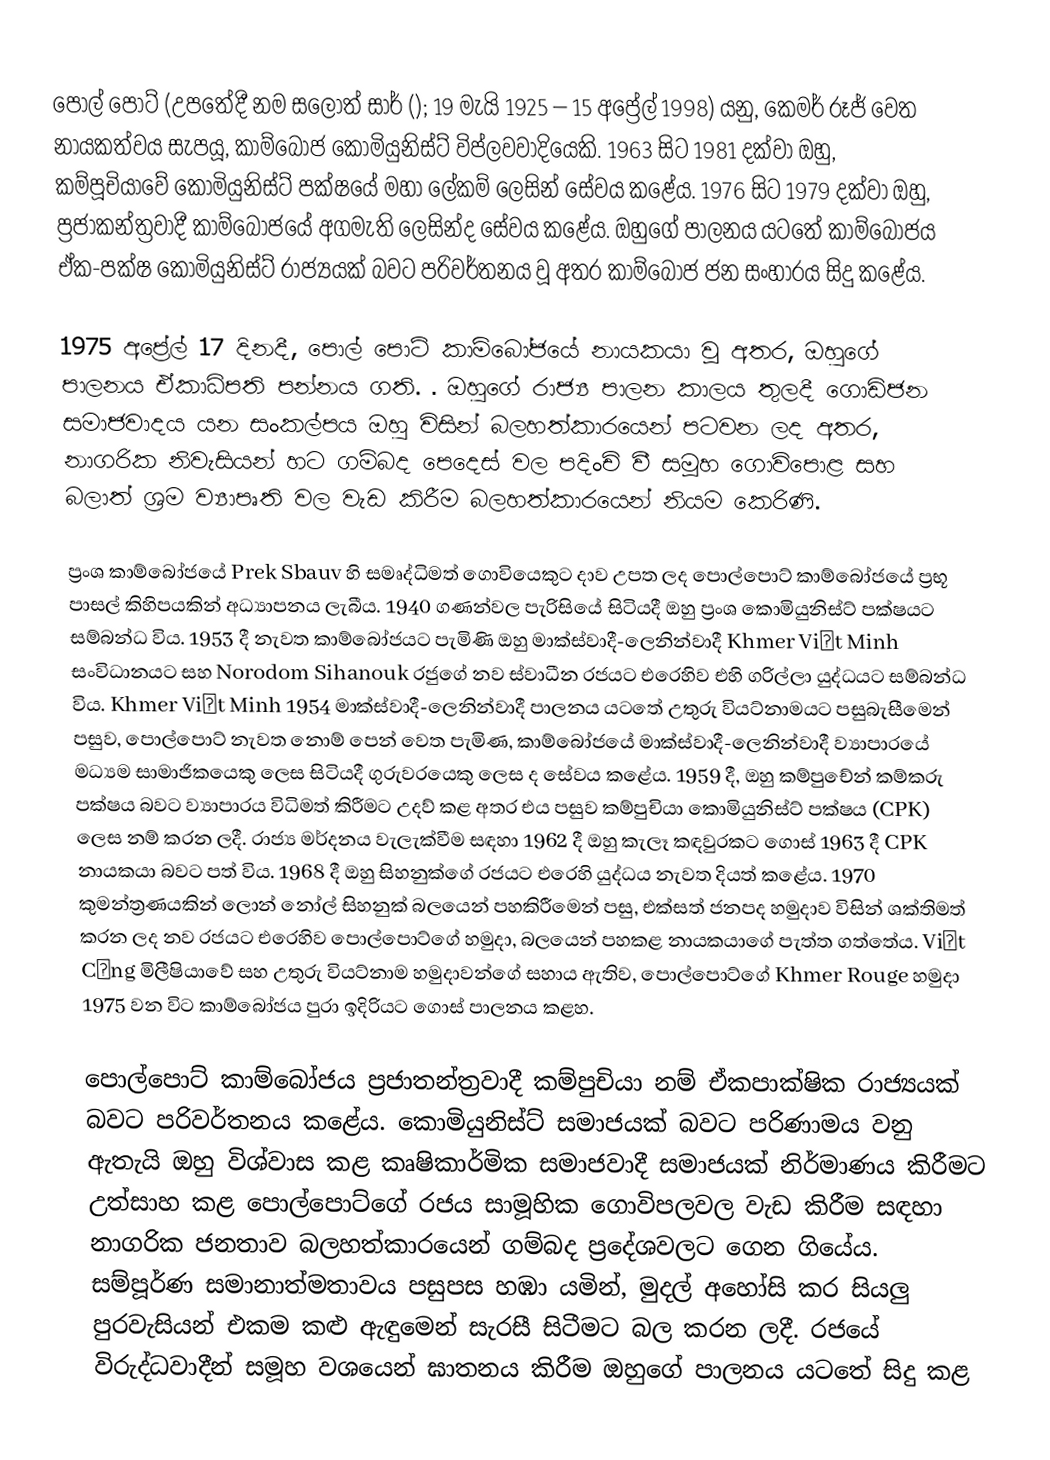
පොල් පොට් (උපතේදී නම  සලොත් සාර් (); 19 මැයි 1925 – 15 අප්‍රේල්  1998) යනු, කෙමර් රූජ් වෙත නායකත්වය සැපයූ, කාම්බෝජ  කොමියුනිස්ට් විප්ලවවාදියෙකි. 1963 සිට 1981 දක්වා ඔහු,  කම්පූචියාවේ කොමියුනිස්ට් පක්ෂයේ මහා ලේකම් ලෙසින් සේවය කළේය. 1976 සිට  1979 දක්වා ඔහු, ප්‍රජාකන්ත්‍රවාදී කාම්බෝජයේ අගමැති ලෙසින්ද සේවය කළේය. ඔහුගේ පාලනය යටතේ කාම්බෝජය ඒක-පක්ෂ කොමියුනිස්ට් රාජ්‍යයක් බවට පරිවර්තනය වූ අතර කාම්බෝජ ජන සංහාරය සිදු කළේය.

1975 අප්‍රේල් 17 දිනදී, පොල් පොට් කාම්බෝජයේ නායකයා වූ අතර, ඔහුගේ පාලනය  ඒකාධිපති පන්නය ගති. .  ඔහුගේ රාජ්‍ය පාලන කාලය තුලදී  ගොඩිජන සමාජවාදය යන සංකල්පය ඔහු විසින් බලහත්කාරයෙන් පටවන ලද අතර, නාගරික නිවැසියන් හට ගම්බද පෙදෙස් වල පදිංචි වී සමූහ ගොවිපොළ සහ බලාත් ශ්‍රම ව්‍යාපෘති වල වැඩ කිරීම බලහත්කාරයෙන් නියම කෙරිණි.

ප්‍රංශ කාම්බෝජයේ Prek Sbauv හි සමෘද්ධිමත් ගොවියෙකුට දාව උපත ලද පොල්පොට් කාම්බෝජයේ ප්‍රභූ පාසල් කිහිපයකින් අධ්‍යාපනය ලැබීය. 1940 ගණන්වල පැරිසියේ සිටියදී ඔහු ප්‍රංශ කොමියුනිස්ට් පක්ෂයට සම්බන්ධ විය. 1953 දී නැවත කාම්බෝජයට පැමිණි ඔහු මාක්ස්වාදී-ලෙනින්වාදී Khmer Việt Minh සංවිධානයට සහ Norodom Sihanouk රජුගේ නව ස්වාධීන රජයට එරෙහිව එහි ගරිල්ලා යුද්ධයට සම්බන්ධ විය. Khmer Việt Minh 1954 මාක්ස්වාදී-ලෙනින්වාදී පාලනය යටතේ උතුරු වියට්නාමයට පසුබැසීමෙන් පසුව, පොල්පොට් නැවත නොම් පෙන් වෙත පැමිණ, කාම්බෝජයේ මාක්ස්වාදී-ලෙනින්වාදී ව්‍යාපාරයේ මධ්‍යම සාමාජිකයෙකු ලෙස සිටියදී ගුරුවරයෙකු ලෙස ද සේවය කළේය. 1959 දී, ඔහු කම්පුචේන් කම්කරු පක්ෂය බවට ව්‍යාපාරය විධිමත් කිරීමට උදව් කළ අතර එය පසුව කම්පුචියා කොමියුනිස්ට් පක්ෂය (CPK) ලෙස නම් කරන ලදී. රාජ්‍ය මර්දනය වැලැක්වීම සඳහා 1962 දී ඔහු කැලෑ කඳවුරකට ගොස් 1963 දී CPK නායකයා බවට පත් විය. 1968 දී ඔහු සිහනුක්ගේ රජයට එරෙහි යුද්ධය නැවත දියත් කළේය. 1970 කුමන්ත්‍රණයකින් ලොන් නෝල් සිහනුක් බලයෙන් පහකිරීමෙන් පසු, එක්සත් ජනපද හමුදාව විසින් ශක්තිමත් කරන ලද නව රජයට එරෙහිව පොල්පොට්ගේ හමුදා, බලයෙන් පහකළ නායකයාගේ පැත්ත ගත්තේය. Việt Cộng මිලීෂියාවේ සහ උතුරු වියට්නාම හමුදාවන්ගේ සහාය ඇතිව, පොල්පොට්ගේ Khmer Rouge හමුදා 1975 වන විට කාම්බෝජය පුරා ඉදිරියට ගොස් පාලනය කළහ.

පොල්පොට් කාම්බෝජය ප්‍රජාතන්ත්‍රවාදී කම්පුචියා නම් ඒකපාක්ෂික රාජ්‍යයක් බවට පරිවර්තනය කළේය. කොමියුනිස්ට් සමාජයක් බවට පරිණාමය වනු ඇතැයි ඔහු විශ්වාස කළ කෘෂිකාර්මික සමාජවාදී සමාජයක් නිර්මාණය කිරීමට උත්සාහ කළ පොල්පොට්ගේ රජය සාමූහික ගොවිපලවල වැඩ කිරීම සඳහා නාගරික ජනතාව බලහත්කාරයෙන් ගම්බද ප්‍රදේශවලට ගෙන ගියේය. සම්පූර්ණ සමානාත්මතාවය පසුපස හඹා යමින්, මුදල් අහෝසි කර සියලු පුරවැසියන් එකම කළු ඇඳුමෙන් සැරසී සිටීමට බල කරන ලදී. රජයේ විරුද්ධවාදීන් සමූහ වශයෙන් ඝාතනය කිරීම ඔහුගේ පාලනය යටතේ සිදු කළ